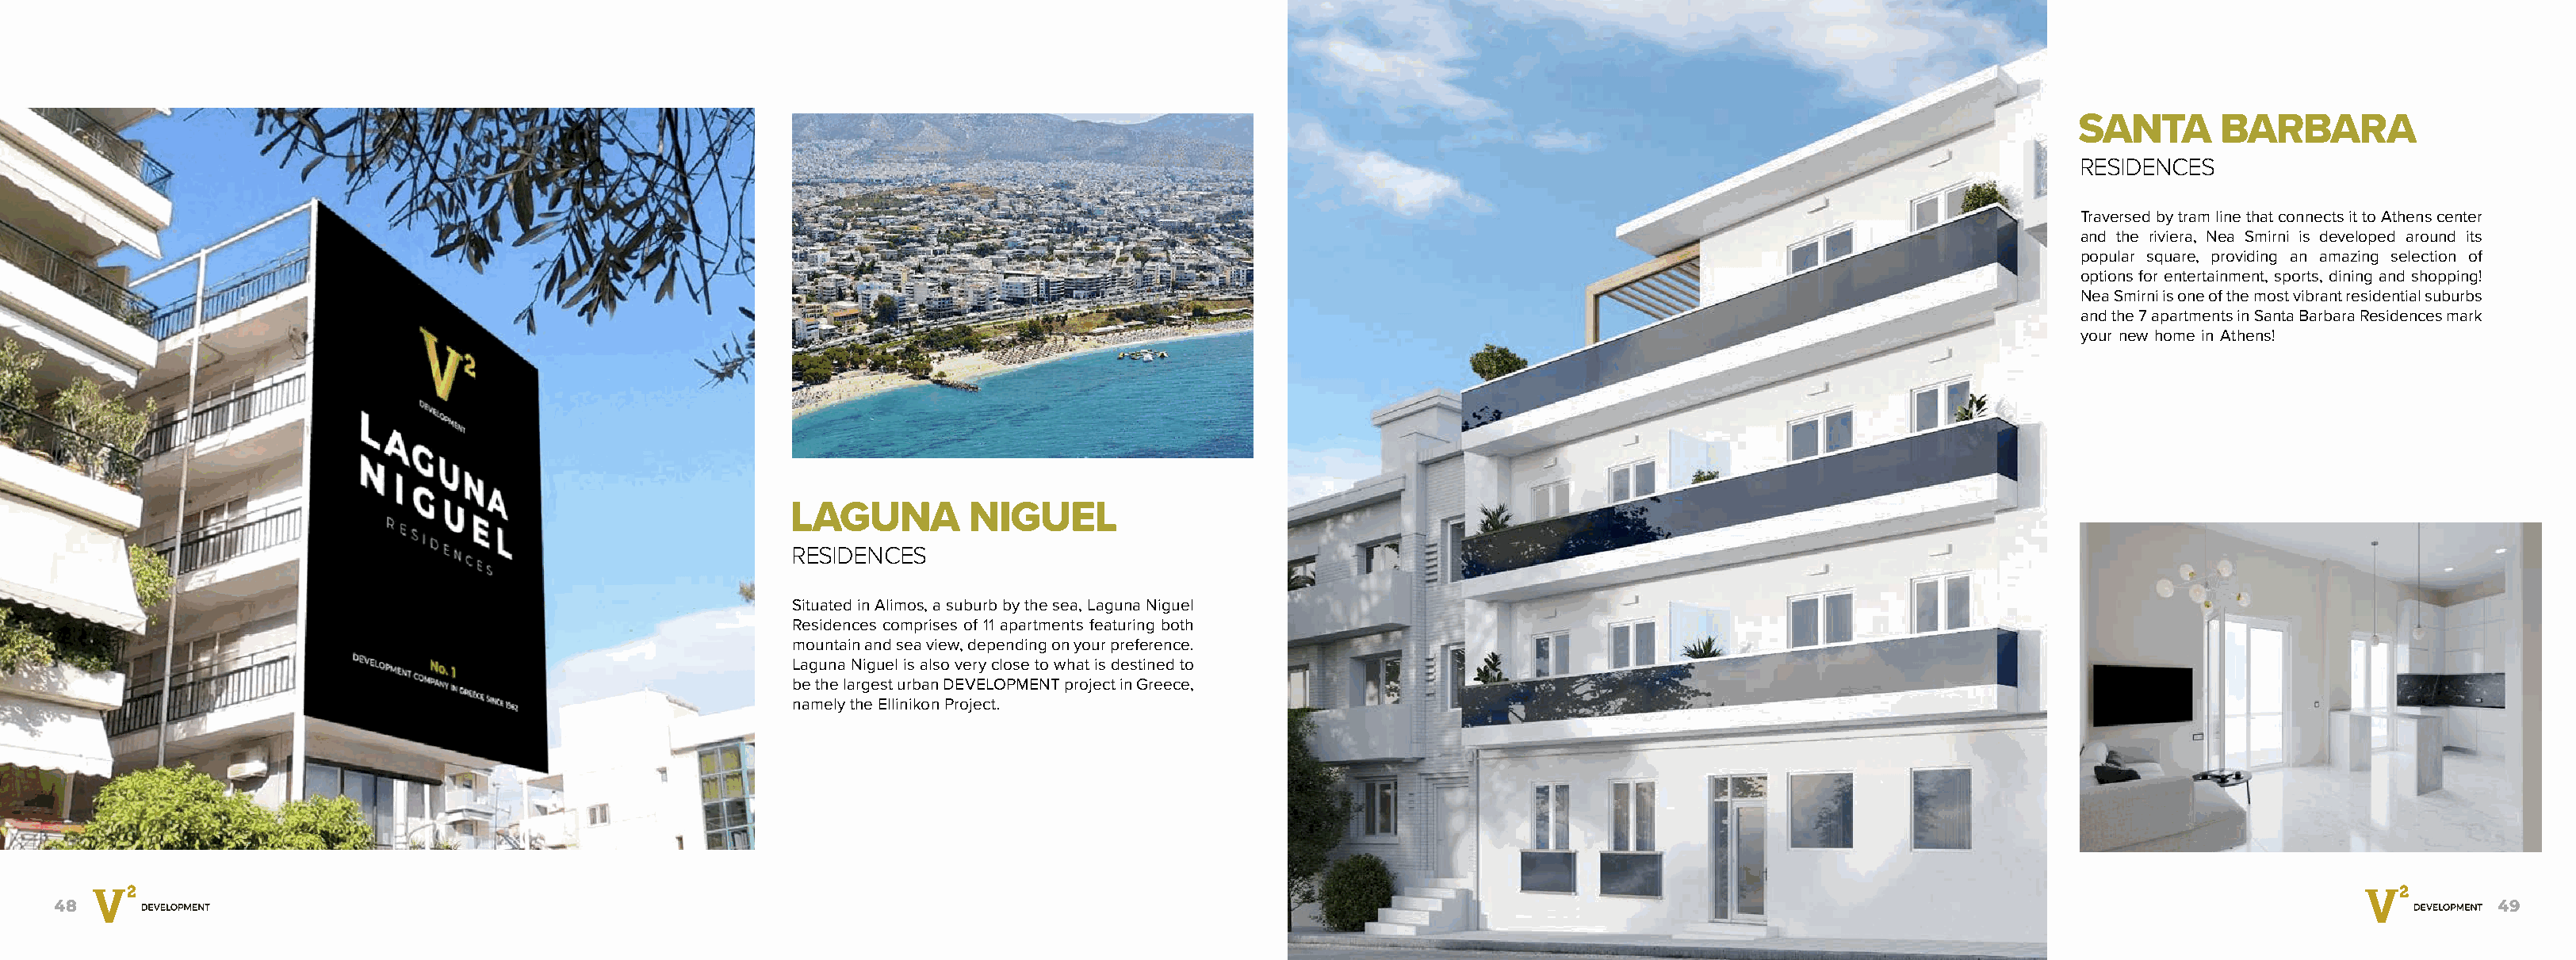
SANTA       BARBARA
 RESIDENCES
 Traversed by tram line that connects it to Athens center
 and the riviera, Nea Smirni is developed around its
 popular square, providing an amazing selection of
 options for entertainment, sports, dining and shopping!
 Nea Smirni is one of the most vibrant residential suburbs
 and the 7 apartments in Santa Barbara Residences mark
 your new home in Athens!
 Nea
 Smirni
 LAGUNA         NIGUEL
 RESIDENCES
 Situated in Alimos, a suburb by the sea, Laguna Niguel
 Residences comprises of 11 apartments featuring both
 mountain and sea view, depending on your preference.
 Laguna Niguel is also very close to what is destined to
 be the largest urban DEVELOPMENT project in Greece,
 namely the Ellinikon Project.
 Alimos
 48                                                                                                                                                                                                          49